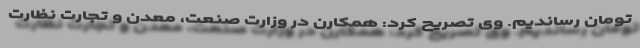
تومان رساندیم. وی تصریح کرد: همکارن در وزارت صنعت، معدن و تجارت نظارت